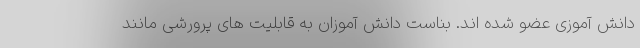
دانش آموزی عضو شده اند. بناست دانش آموزان به قابلیت های پرورشی مانند